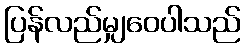
ပြန်လည်မျှဝေပါသည်